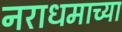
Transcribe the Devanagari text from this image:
नराधमाच्या